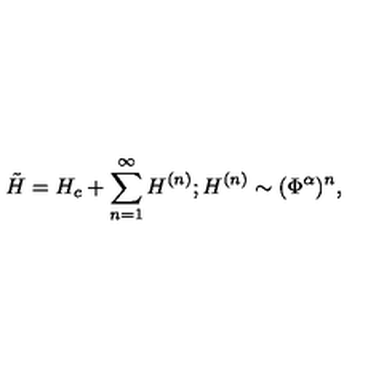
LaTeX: \tilde { H } = H _ { c } + \sum _ { n = 1 } ^ { \infty } H ^ { ( n ) } ; H ^ { ( n ) } \sim ( \Phi ^ { \alpha } ) ^ { n } ,